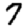
Digit: 7